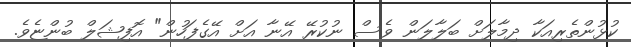
ކުޅުންތެރިއަކާ ދިމާލަށް ބަލާލަން ވެސް ނުކުރޭ އޭނާ އަށް އޭގެފަހުން" އޮފިޝަލް ބުންޏެވެ.